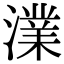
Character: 澲